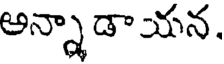
అన్నాడాయన.